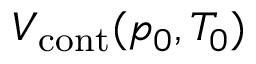
V _ { \mathrm { c o n t } } ( p _ { 0 } , T _ { 0 } )